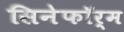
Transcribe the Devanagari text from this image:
सिनेफॉर्म